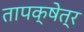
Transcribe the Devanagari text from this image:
तापक्षेत्र